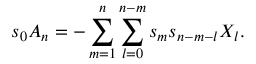
s _ { 0 } A _ { n } = - \sum _ { m = 1 } ^ { n } \sum _ { l = 0 } ^ { n - m } s _ { m } s _ { n - m - l } X _ { l } .